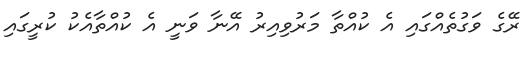
ރޭގެ ވަގުތެއްގައި އެ ކުއްތާ މަރުވިއިރު އޭނާ ވަނީ އެ ކުއްތާއެކު ކުރީގައި